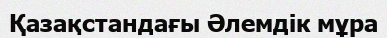
Қазақстандағы Әлемдік мұра